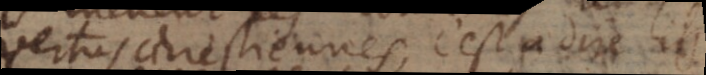
vertus chrestiennes, c’est à dire ils